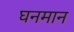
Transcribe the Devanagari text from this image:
घनमान